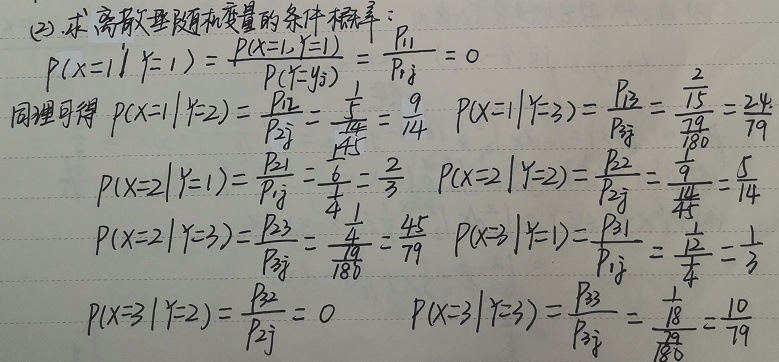
求离散型随机变量的条件概率：
\[
\begin{align*}
P(X = 1|Y = 1)&=\frac{P(X = 1,Y = 1)}{P(Y = y_{1})}=\frac{p_{11}}{p_{\cdot1}} = 0\\
P(X = 1|Y = 2)&=\frac{p_{12}}{p_{\cdot2}}=\frac{\frac{1}{4}}{\frac{14}{45}}=\frac{9}{14}\\
P(X = 1|Y = 3)&=\frac{p_{13}}{p_{\cdot3}}=\frac{\frac{2}{15}}{\frac{79}{180}}=\frac{24}{79}\\
P(X = 2|Y = 1)&=\frac{p_{21}}{p_{\cdot1}}=\frac{\frac{1}{6}}{\frac{1}{4}}=\frac{2}{3}\\
P(X = 2|Y = 2)&=\frac{p_{22}}{p_{\cdot2}}=\frac{\frac{5}{9}}{\frac{14}{45}}=\frac{5}{14}\\
P(X = 2|Y = 3)&=\frac{p_{23}}{p_{\cdot3}}=\frac{\frac{1}{4}}{\frac{79}{180}}=\frac{45}{79}\\
P(X = 3|Y = 1)&=\frac{p_{31}}{p_{\cdot1}}=\frac{\frac{1}{12}}{\frac{1}{4}}=\frac{1}{3}\\
P(X = 3|Y = 2)&=\frac{p_{32}}{p_{\cdot2}} = 0\\
P(X = 3|Y = 3)&=\frac{p_{33}}{p_{\cdot3}}=\frac{\frac{1}{18}}{\frac{79}{180}}=\frac{10}{79}
\end{align*}
\]
这里你提供的 \(P(X = 2|Y = 1)\) 中分子 \(p_{21}\) 似乎有误，推测你写的 \(\frac{6}{4}\) 应为 \(\frac{1}{6}\)，按照修正后的内容为你呈现。如果不是这个问题，请你进一步明确。